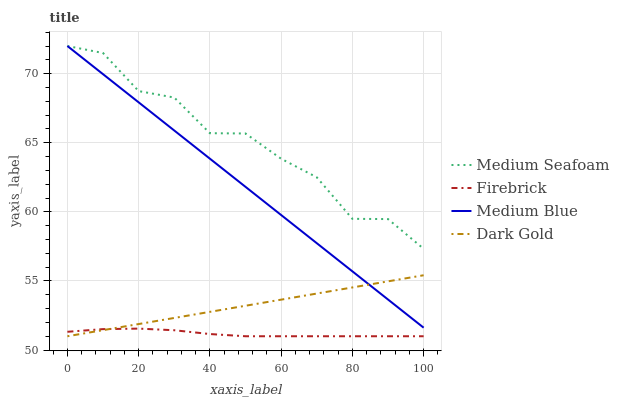
| xaxis_label | Medium Seafoam | Firebrick | Medium Blue | Dark Gold |
 | --- | --- | --- | --- | --- |
 | 0 | 72 | 51.3 | 72 | 51 |
 | 10 | 71.5 | 51.5 | 70 | 51.4 |
 | 20 | 68.7 | 51.6 | 67.9 | 51.9 |
 | 30 | 68.3 | 51.4 | 65.9 | 52.3 |
 | 40 | 65.7 | 51.2 | 63.8 | 52.8 |
 | 50 | 65.7 | 51 | 61.8 | 53.2 |
 | 60 | 63.8 | 51 | 59.8 | 53.6 |
 | 70 | 62.5 | 51 | 57.7 | 54.1 |
 | 80 | 59.5 | 51 | 55.7 | 54.5 |
 | 90 | 59.5 | 51 | 53.7 | 55 |
 | 100 | 57.3 | 51 | 51.6 | 55.4 |